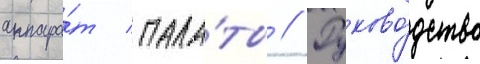
аппара́т пала́ты // Руково́дство